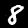
Digit: 8